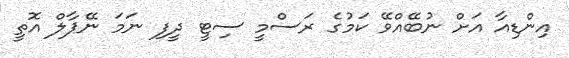
އިންޑިއާ އަށް ނުބޭއްވޭ ކަމުގެ ރަސްމީ ސިޓީ ދީފި ނަމަ ނޭޕާލް އޮތީ